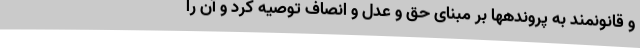
و قانونمند به پروندهها بر مبنای حق و عدل و انصاف توصیه کرد و آن را